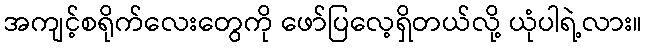
အကျင့်စရိုက်လေးတွေကို ဖော်ပြလေ့ရှိတယ်လို့ ယုံပါရဲ့လား။